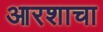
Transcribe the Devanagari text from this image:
आरशाचा